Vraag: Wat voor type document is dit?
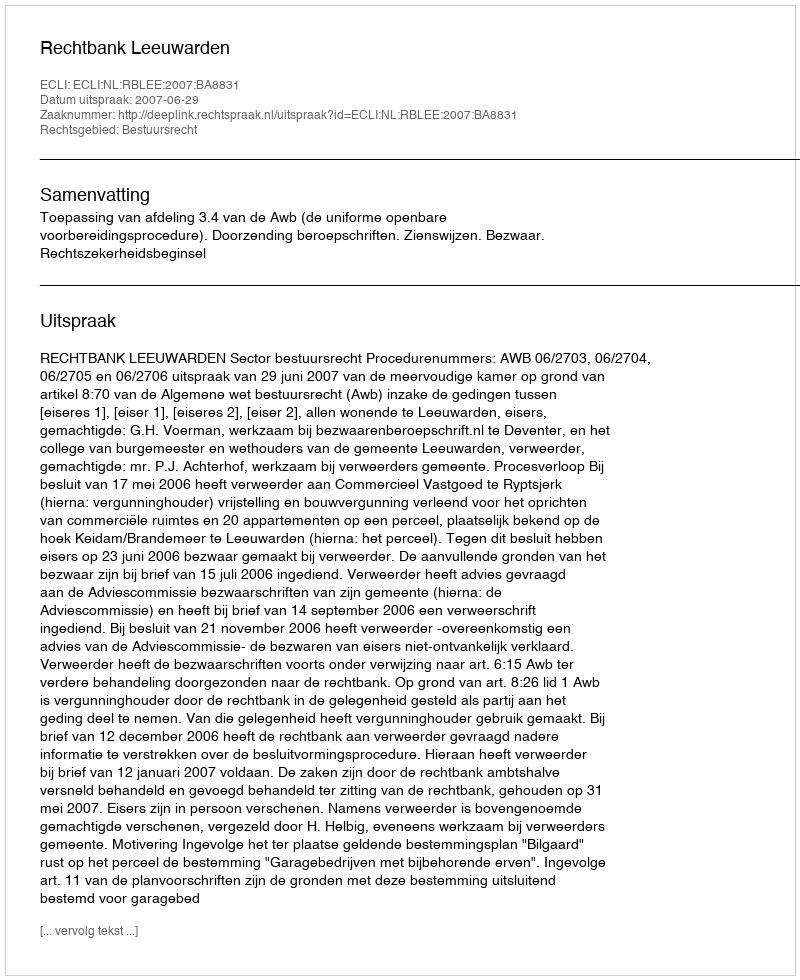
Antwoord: Uitspraak